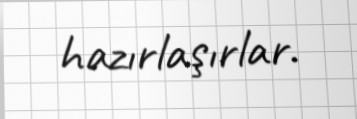
hazırlaşırlar.